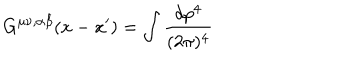
G ^ { \mu \nu , \alpha \beta } ( x - x ^ { \prime } ) = \int \frac { d p ^ { 4 } } { ( 2 \pi ) ^ { 4 } }